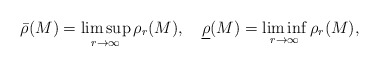
\begin{align*}\bar{\rho}(M) = \limsup_{r\to\infty} \rho_r(M), \ \ \ \underline{\rho}(M) = \liminf_{r\to\infty} \rho_r(M),\end{align*}